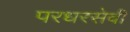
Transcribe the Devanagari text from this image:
परधरसेवी